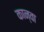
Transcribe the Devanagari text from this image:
कान्वा